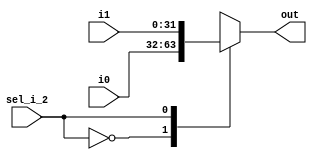
`timescale 1ns / 1ps
//////////////////////////////////////////////////////////////////////////////////

// Design Name:    KH32 & KH16
// Module Name:    MUX_2_to_1_32bit  
// Project Name:   Throughput Processor 
// Description:    This part is the MUX.
//
// Revision: 1.0v
//
//////////////////////////////////////////////////////////////////////////////////
module MUX_2_to_1_32bit(
sel_i_2,
out,
i0,
i1
    );

input [31:0] i0;
input [31:0] i1;
input sel_i_2;
output [31:0] out;


wire [31:0] i0;
wire [31:0] i1;
wire sel_i_2;
reg [31:0] out;

always@(*)
begin
	case(sel_i_2)
	1'b0:
		begin
			out = i0;
		end
	1'b1:
		begin
			out = i1;
		end
	endcase
end


endmodule